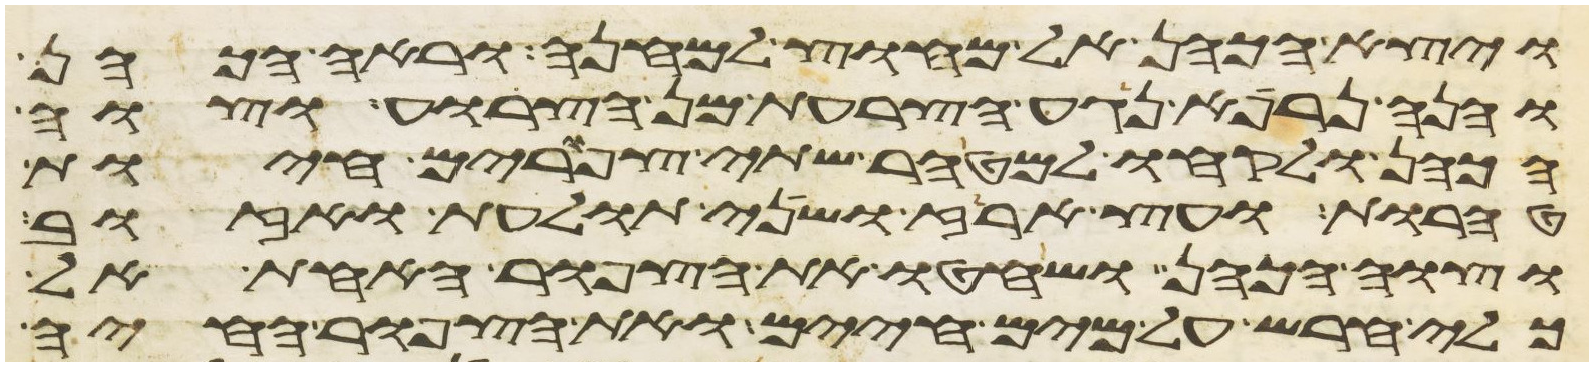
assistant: ויצא הכהן אל מחוץ למחנה וראה הכהן
והנה נרפא נגע הצרעת מן הצרוע וצוה
הכהן ולקחו למטהר שתי צפורים חיות
טהרות ועץ ארז ושני תולעת ואזוב
וצוה הכהן ושחטו את הצפור האחת אל
כלי חרש על מים חיים ואת הצפור החיה